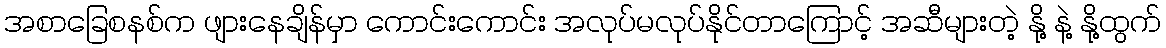
အစာခြေစနစ်က ဖျားနေချိန်မှာ ကောင်းကောင်း အလုပ်မလုပ်နိုင်တာကြောင့် အဆီများတဲ့ နို့ နဲ့ နို့ထွက်